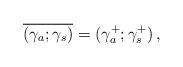
LaTeX: \begin{align*}\overline{(\gamma_a;\gamma_s)} = (\gamma_a^+;\gamma_s^+)\, ,\end{align*}